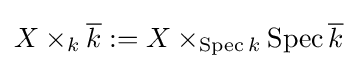
X\times _{k}{\overline {k}}:=X\times _{\operatorname {Spec} k}{\operatorname {Spec} {\overline {k}}}